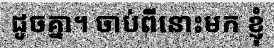
ដូចគ្នា។ ចាប់ពីនោះមក ខ្ញុំ